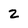
Character: 2